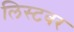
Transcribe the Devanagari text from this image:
लिस्टवर